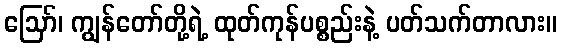
ဪ၊ ကျွန်တော်တို့ရဲ့ ထုတ်ကုန်ပစ္စည်းနဲ့ ပတ်သက်တာလား။